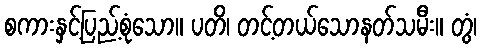
စကားနှင့်ပြည့်စုံသော။ ပတိ၊ တင့်တယ်သောနတ်သမီး။ တွံ၊